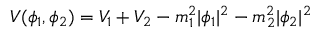
V ( \phi _ { 1 } , \phi _ { 2 } ) = V _ { 1 } + V _ { 2 } - m _ { 1 } ^ { 2 } | \phi _ { 1 } | ^ { 2 } - m _ { 2 } ^ { 2 } | \phi _ { 2 } | ^ { 2 }